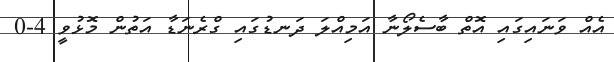
އެއް ވަނައިގައި އޮތް ބާސެލޯނާ އަމިއްލަ ދަނޑުގައި ގްރެނަޑާ އަތުން މޮޅުވީ 4-0